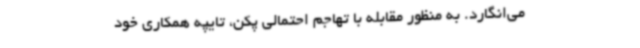
می‌انگارد. به منظور مقابله با تهاجم احتمالی پکن، تایپه همکاری خود